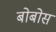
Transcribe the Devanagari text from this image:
बोबोस